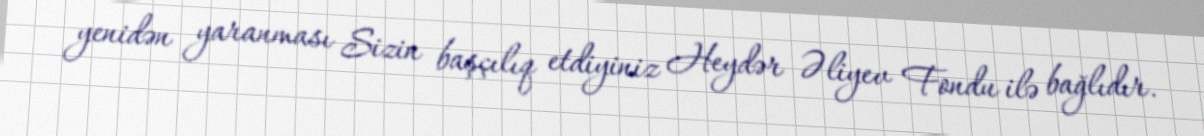
yenidən yaranması Sizin başçılıq etdiyiniz Heydər Əliyev Fondu ilə bağlıdır.